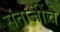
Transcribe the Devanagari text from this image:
संताजींचे